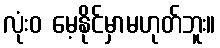
လုံးဝ မေ့နိုင်မှာမဟုတ်ဘူး။